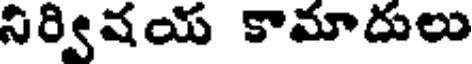
నిర్విషయ కామాదులు